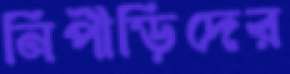
নিপীড়িদের